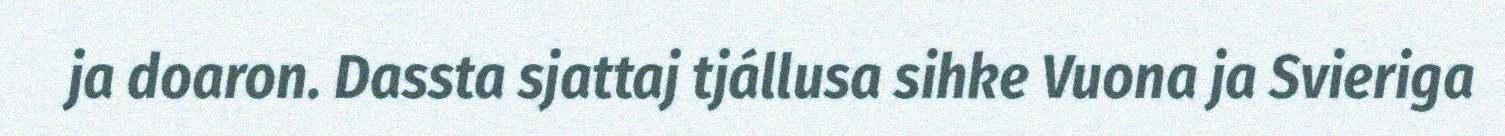
ja doaron. Dassta sjattaj tjállusa sihke Vuona ja Svieriga